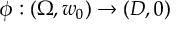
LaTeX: \phi : ( \Omega , w _ { 0 } ) \to ( D , 0 )